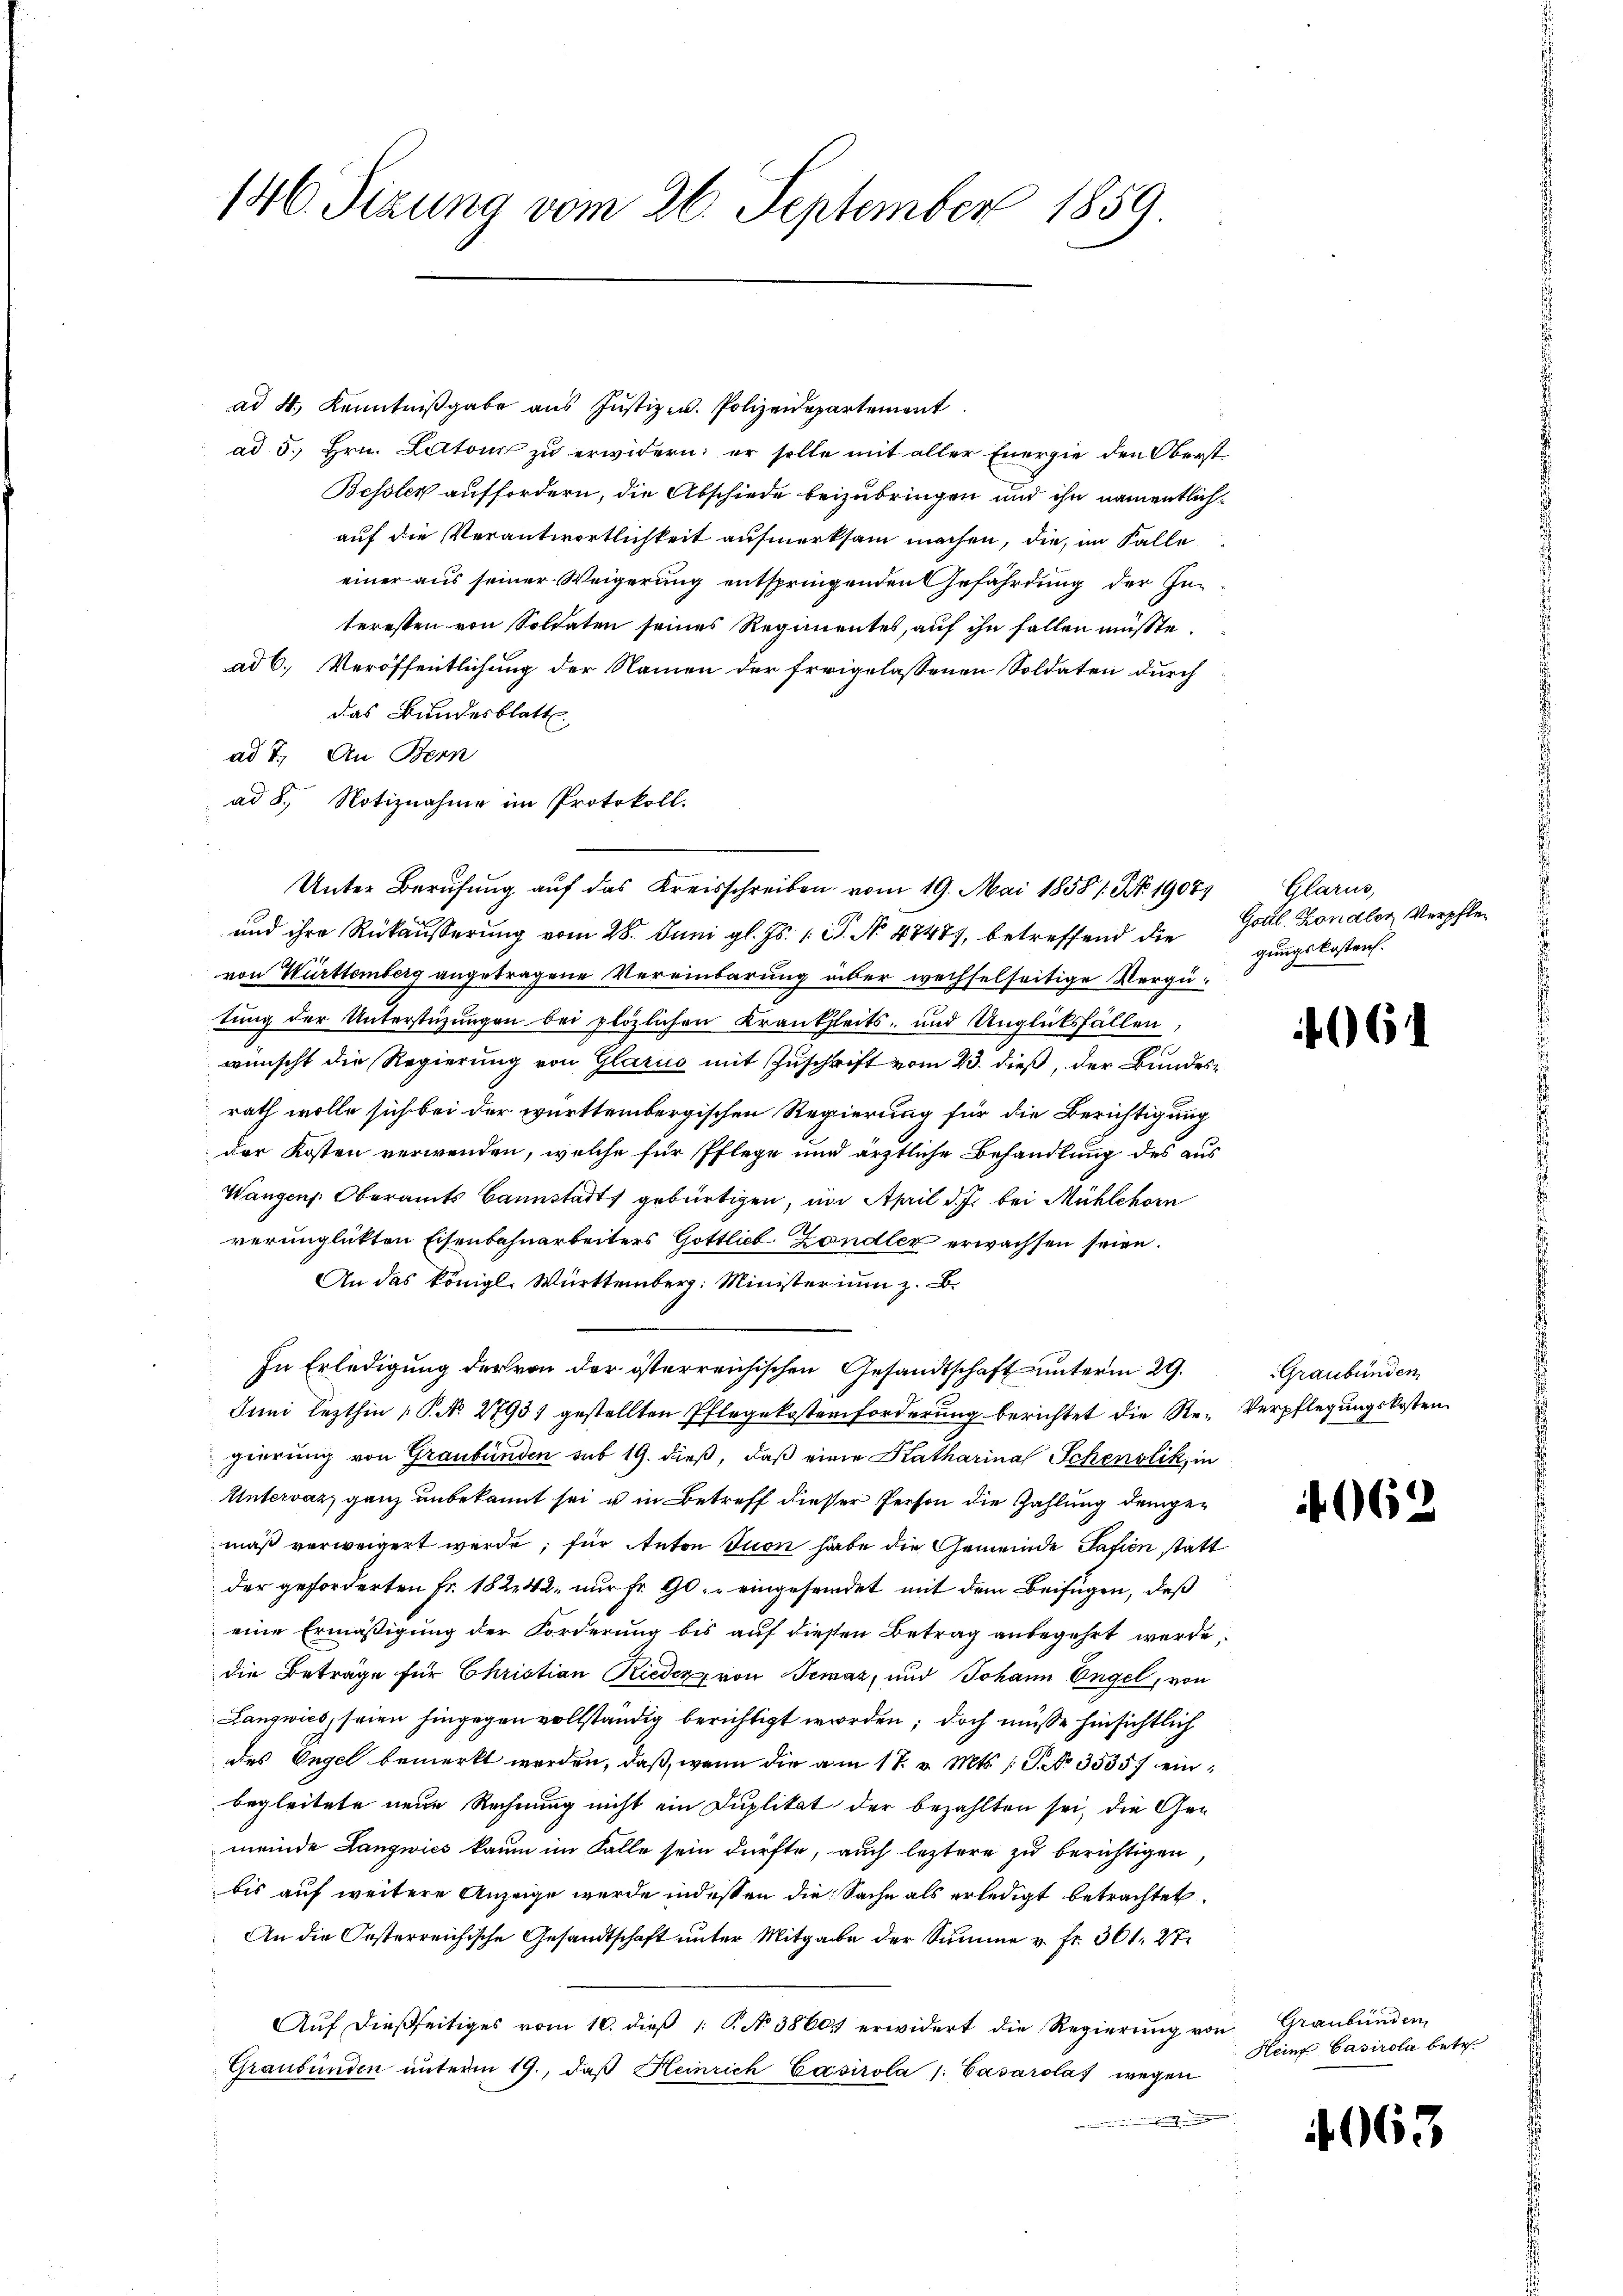
146. Sizung vom 26. September 1859.

ad 4. Kenntniβgabe aus Justiz- u. Polizeidepartement
ad 5., Hrn. Latour zu erwidern; er solle mit aller Energie den Oberst
Bessler auffordern, die Abschiede beizubringen und ihn namentlich
auf die Verantwortlichkeit aufmerksam machen, die, im Falle
einer aus seiner Weigerung entspringenden Gefährdung der Interessen von Soldaten seines Regimentes, auf ihn fallen müsste.
ad 6. Veröffentlichung der Namen der freigelassenen Soldaten durch
das Bundesblatt
ad 7. An Bern
ad 8. Notiznahme im Protokoll.
und ihre Rückäußerung vom 28. Juni gl. Js. 1 S. No 48487, betreffend die
von Württemberg angetragene Vereinbarung über wechselseitige Vergütung der Unterstüzungen bei plözlichen Krankheits- und Unglücksfällen,
wünscht die Regierung von Glarus mit Zuschrift vom 23. dieß, der Bundesrath wolle sich bei der württembergischen Regierung für die Berichtigung
der Kosten verwenden, welche für Pflege und ärztliche Behandlung des aus
Wangen: Oberamts Bannstadt gebürtigen, um April d. J. bei Mühlehorn
verunglickten Eisenbahnarbeiters Gottlieb Zandler erwachsen seien.
An das königl. Württemberg: Ministerium z. B.
In Erledigung der von der österreichischen Gesandtschaft unterm 29.
Juni lezthin 1 S. No. 27931 gestellten Pflegekostenforderung berichtet die Regierung von Graubünden sub 19. dieß, daß eine Katharina Schenstik, in
Untervaz, ganz unbekannt sei u in Betreff dieser Person die Zahlung demgemäß verweigert werde; für Anton Ton habe die Gemeinde Tafien statt
der geforderten Fr. 18242 nur fr. 90 eingesendet mit dem Beifügen, daß
eine Ermäßigung der Forderung bis auf diesen Betrag anbegehrt werde,
die Beträge für Christian Rieder von Semaz, und Johann Engel, von
Langwies, seien hingegen vollständig berichtigt worden; doch müsse hinsichtlich
des Engel bemerkt werden, daß, wenn die am 17. v. Mts. S. Nr. 3535) einbegleitete neue Rechnung nicht ein Duplikat der bezahlten sei, die Gen
meinde Langwies kaum im Falle sein dürfte, auch leztere zu berichtigen,
bis auf weitere Anzeige wurde indessen die Sache als erledigt betrachtet,
An die Posterreichische Gesandtschaft unter Mitgabe der Summe v. Fr. 301. 27
Aŭf dießseitiges vom 10. dieβ 1. P. No 3860 erwidert die Regierŭng von Graubünden
Graubünden unterm 19., daß Heinrich Casirola /: Gasarolaf wegen

Unter Berufung auf das Kreisschreiben vom 19. Mai 1858/ Nro 1907. Glarus,

Gottl. Kondler Verpflegungskostens.

6

Graubünden
Verpflegungskosten.

662

Heinz Casirola betr.

4063